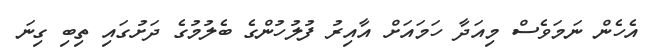
އެހެން ނަމަވެސް މިއަދާ ހަމައަށް އާއިރު ފުލުހުންގެ ބެލުމުގެ ދަށުގައި ތިބި ގިނަ